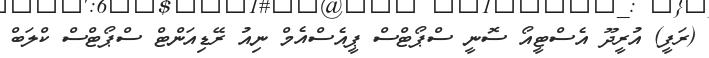
(ރަފީ) އުރީދޫ އެސްޓީއޯ ސޮނީ ސްޕޯޓްސް ޕީއެސްއެމް ނިއު ރޭޑިއަންޓް ސްޕޯޓްސް ކްލަބް